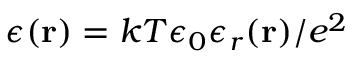
\epsilon ( { \bf r } ) = k T \epsilon _ { 0 } \epsilon _ { r } ( { \bf r } ) / e ^ { 2 }